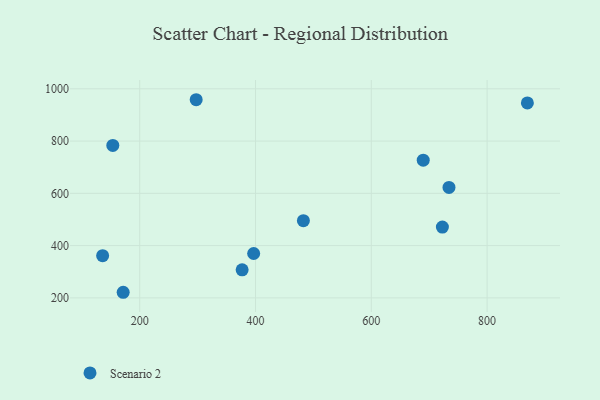
{"axis": {"x": "Price", "y": "Rating"}, "legend": ["Scenario 2"], "data": [{"x": "297.5", "y": 958.2, "type": "Scenario 2"}, {"x": "689.7", "y": 726.8, "type": "Scenario 2"}, {"x": "722.8", "y": 471.0, "type": "Scenario 2"}, {"x": "482.7", "y": 495.5, "type": "Scenario 2"}, {"x": "734.2", "y": 622.6, "type": "Scenario 2"}, {"x": "396.8", "y": 369.9, "type": "Scenario 2"}, {"x": "153.5", "y": 783.5, "type": "Scenario 2"}, {"x": "376.9", "y": 307.5, "type": "Scenario 2"}, {"x": "135.9", "y": 361.5, "type": "Scenario 2"}, {"x": "869.6", "y": 946.0, "type": "Scenario 2"}, {"x": "171.4", "y": 221.5, "type": "Scenario 2"}]}